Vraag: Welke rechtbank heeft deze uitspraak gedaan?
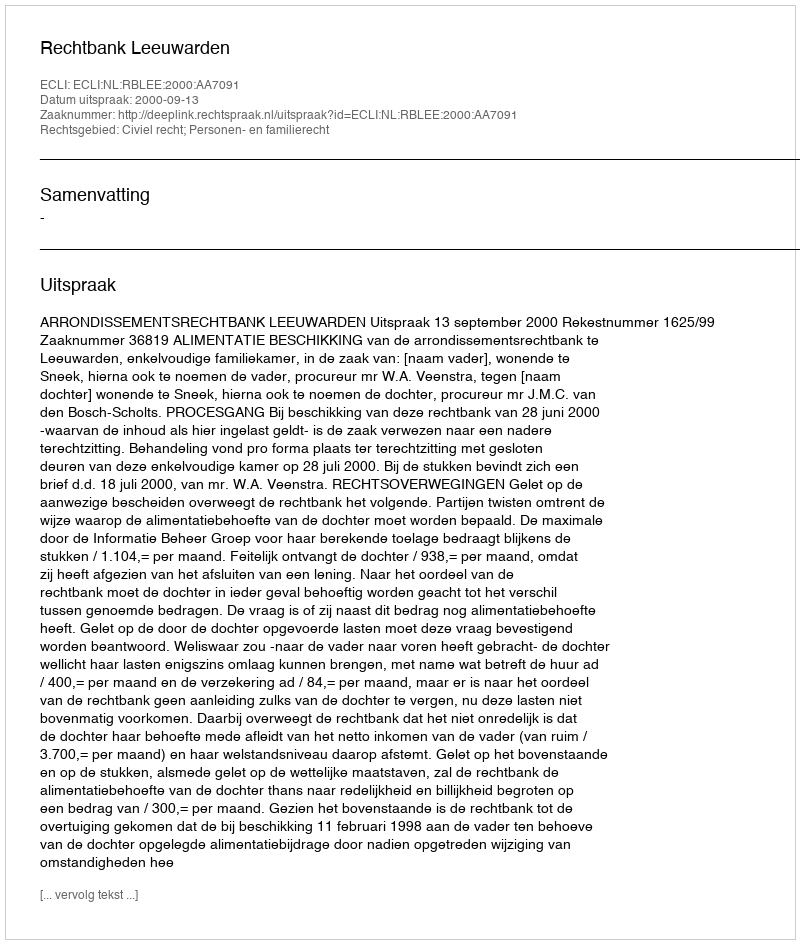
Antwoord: Rechtbank Leeuwarden